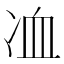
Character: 𠗅